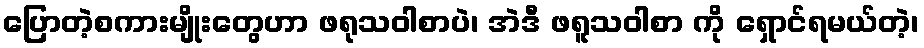
ပြောတဲ့စကားမျိုးတွေဟာ ဖရုသဝါစာပဲ၊ အဲဒီ ဖရူသဝါစာ ကို ရှောင်ရမယ်တဲ့၊